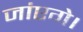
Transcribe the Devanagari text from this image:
जांएगे।